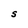
Character: S